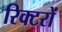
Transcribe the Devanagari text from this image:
रिक्टरों